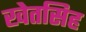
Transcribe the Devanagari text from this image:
खेतसिह